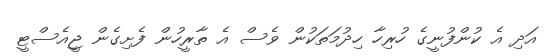
އަދި އެ ކުންފުނީގެ ހުރިހާ ހިދުމަތަކުން ވެސް އެ ތާރީހުން ފެށިގެން ޖީއެސްޓީ